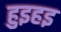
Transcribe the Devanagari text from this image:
हुइहइ